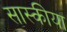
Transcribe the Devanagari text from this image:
सास्कीया